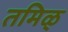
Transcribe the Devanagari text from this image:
तमिळ्